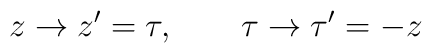
z\rightarrow z^{\prime}=\tau, \qquad \tau\rightarrow  {\tau}^{\prime}=-z